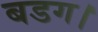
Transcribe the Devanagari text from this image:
बडग।